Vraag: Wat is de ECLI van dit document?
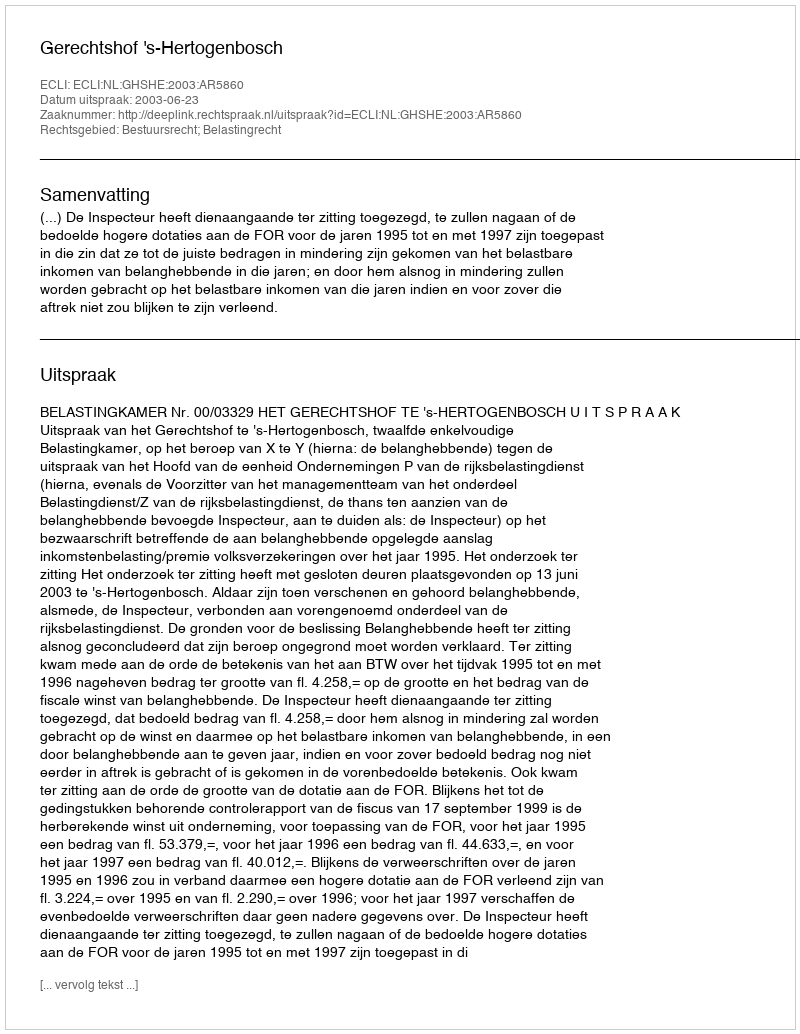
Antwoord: ECLI:NL:GHSHE:2003:AR5860